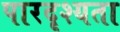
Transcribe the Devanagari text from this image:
पारदृश्यता